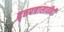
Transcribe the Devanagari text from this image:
वृत्तपत्रासाठीही